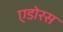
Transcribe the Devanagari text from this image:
एडोरस